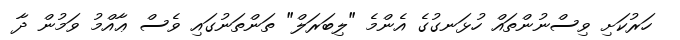
ހަރުކަށި ވިސްނުންތައް ހުޅަނގުގެ އެންމެ "ލިބަރަލް" ތަންތަނުގައި ވެސް ޢާއްމު ވަމުން ދާ